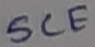
Text: SCE